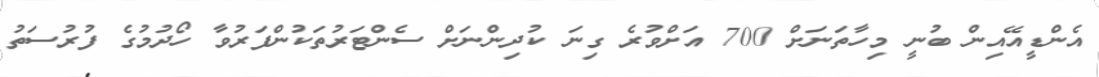
އެންޑީއޭއިން ބުނީ މިހާތަނަށް 700 އަށްވުރެ ގިނަ ކުދިންނަށް ސެންޓަރުތަކުންފަރުވާ ހޯދުމުގެ ފުރުސަތު